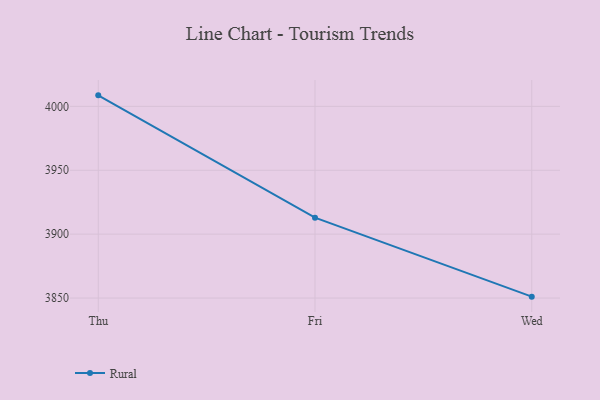
{"axis": {"x": "Day", "y": "Churn Rate (%)"}, "legend": ["Rural"], "data": [{"x": "Thu", "y": 4008.6, "type": "Rural"}, {"x": "Fri", "y": 3912.9, "type": "Rural"}, {"x": "Wed", "y": 3851.1, "type": "Rural"}]}